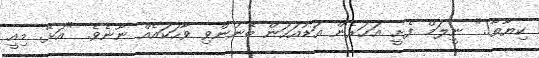
ކިޔާތާ!." ނީލަމް ފެށީ އަހަރެން އަޑުއަހަން ބޭނުންވި ވާހަކައެއް ނޫނެވެ. "އަޅޭ. މިއީ